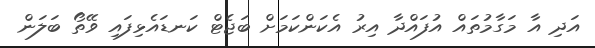
އަދި އާ މަގާމުތައް އުފައްދާ އިރު އެކަންކަމަށް ބަޖެޓް ކަނޑައެޅިފައި ވޭތޯ ބަލަން